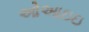
ઓઆઇઇ